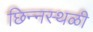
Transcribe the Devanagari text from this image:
छिन्नस्थळी